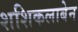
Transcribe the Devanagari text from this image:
शशिकलाबेन